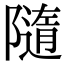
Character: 隨